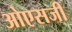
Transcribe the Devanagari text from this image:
ओएसजी